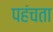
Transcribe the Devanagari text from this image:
पहंचता